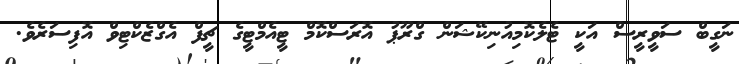
ނަގީބް ސަވީރީސް އަކީ ޓެލެކޮމިއުނިކޭޝަން ގްރޫޕު އޮރަސްކޮމް ޓީއެމްޓީގެ ޗީފް އެގްޒެކްޓިވް އޮފިސަރެވެ.